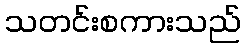
သတင်းစကားသည်